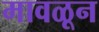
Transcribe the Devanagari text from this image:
मावळून